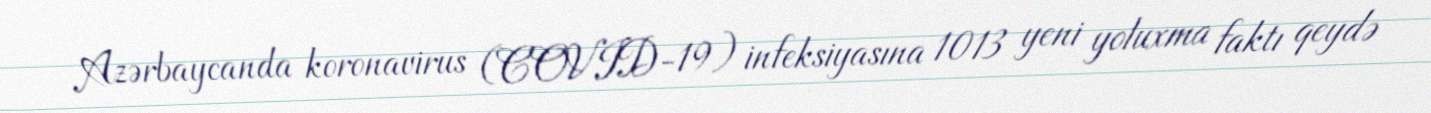
Azərbaycanda koronavirus (COVID-19) infeksiyasına 1013 yeni yoluxma faktı qeydə